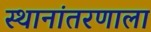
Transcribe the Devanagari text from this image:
स्थानांतरणाला